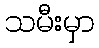
သမီးမှာ